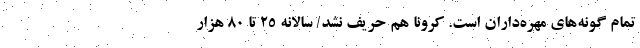
تمام گونه‌های مهره‌داران است. کرونا هم حریف نشد/ سالانه 25 تا 80 هزار